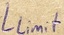
Text: Llimit